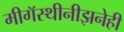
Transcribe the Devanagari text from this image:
मीगॅस्थीनीझनेही